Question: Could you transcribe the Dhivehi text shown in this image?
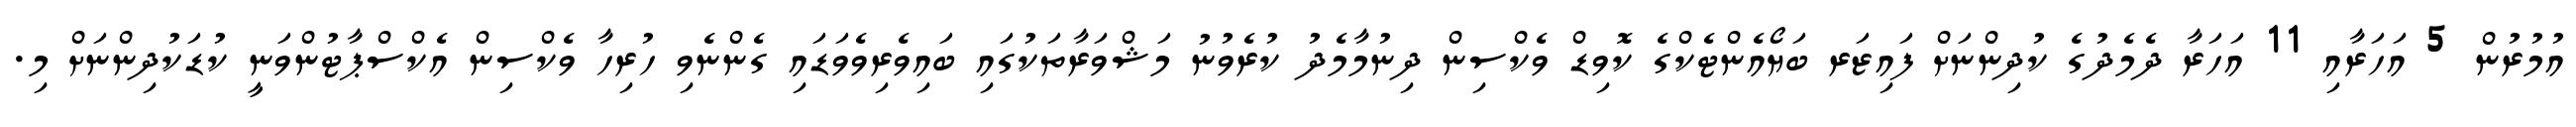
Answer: އުމުރުން 5 އަހަރާއި 11 އަހަރާ ދެމެދުގެ ކުދިންނަށް ފައިޒަރ ބަޔޯއެންޓެކްގެ ކޮވިޑް ވެކްސިން ދިނުމާމެދު ކުރެވުނު މަޝްވަރާތަކުގައި ބައިވެރިވެވަޑައި ގެންނެވި ހުރިހާ ވެކްސިން އެކްސްޕާޓުންވަނީ ކުޑަކުދިންނަށް މި.